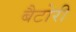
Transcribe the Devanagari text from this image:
बैटोरी